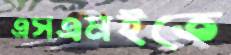
এসএমইতে